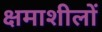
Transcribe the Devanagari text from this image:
क्षमाशीलों